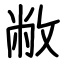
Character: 敝